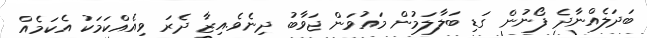
ބަދަލެއްނާދެ ފޯނުން ގަޑި ބަލާލަމުން މައުވަން ޖަވާބު ދިނެވެ.އިޒާ ދެރަ ވިއެއްކަމަކު އެކަމެއް